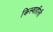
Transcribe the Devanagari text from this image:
किस्वाहीली